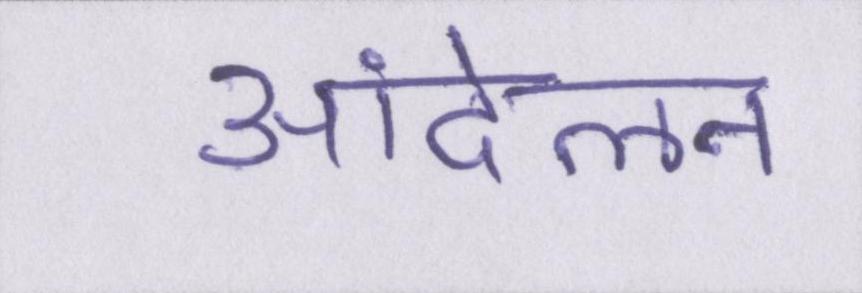
आंदेलन